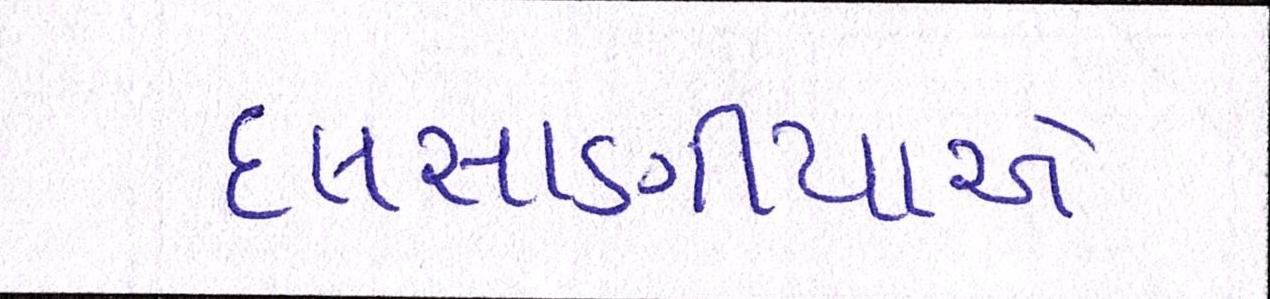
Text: દલસાણીયાએ